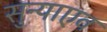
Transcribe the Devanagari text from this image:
सुन्याएव